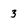
Character: 3